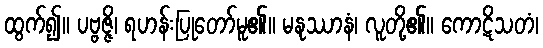
ထွက်၍။ ပဗ္ဗဇ္ဇိ၊ ရဟန်းပြုတော်မူ၏။ မနုဿာနံ၊ လူတို့၏။ ကောဋိသတံ၊